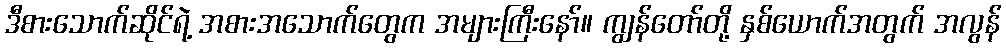
ဒီစားသောက်ဆိုင်ရဲ့ အစားအသောက်တွေက အများကြီးနော်။ ကျွန်တော်တို့ နှစ်ယောက်အတွက် အလွန်